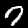
Label: 7